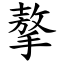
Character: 摮